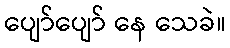
ပျော်ပျော် နေ သေခဲ။